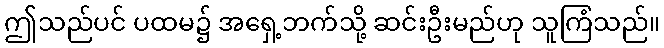
ဤသည်ပင် ပထမ၌ အရှေ့ဘက်သို့ ဆင်းဦးမည်ဟု သူကြံသည်။